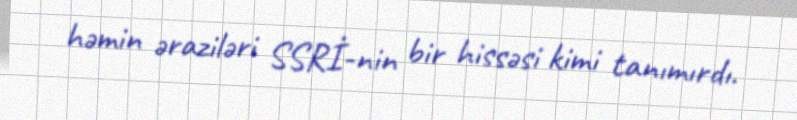
həmin əraziləri SSRİ-nin bir hissəsi kimi tanımırdı.